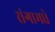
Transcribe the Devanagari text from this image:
रांगामधे